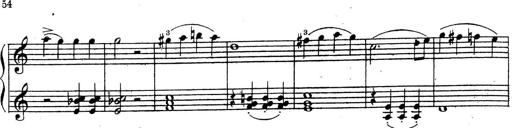
Title: 10 Sonatinas
Composer: Fritz Spindler